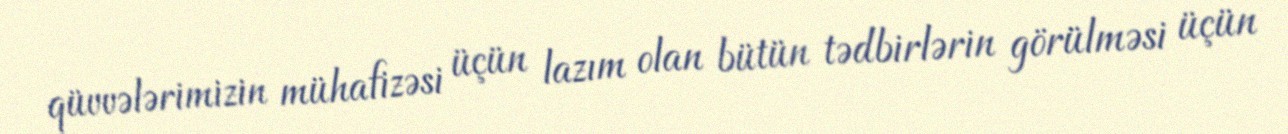
qüvvələrimizin mühafizəsi üçün lazım olan bütün tədbirlərin görülməsi üçün